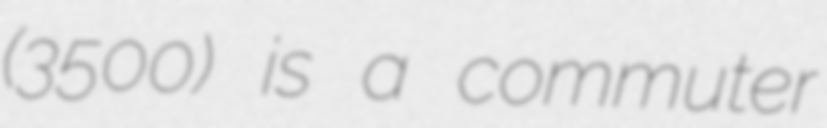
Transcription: (京成3500形) is a commuter